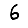
Digit: 6